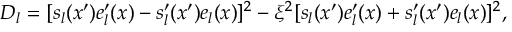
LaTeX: D _ { l } = [ s _ { l } ( x ^ { \prime } ) e _ { l } ^ { \prime } ( x ) - s _ { l } ^ { \prime } ( x ^ { \prime } ) e _ { l } ( x ) ] ^ { 2 } - \xi ^ { 2 } [ s _ { l } ( x ^ { \prime } ) e _ { l } ^ { \prime } ( x ) + s _ { l } ^ { \prime } ( x ^ { \prime } ) e _ { l } ( x ) ] ^ { 2 } ,